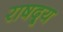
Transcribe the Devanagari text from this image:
राषद्र्य